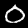
Label: 0